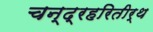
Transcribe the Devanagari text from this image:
चन्द्रहरितीर्थ